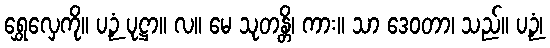
ရွှေလှေကို။ ပဉှံ ပုဋ္ဌာ။ လ။ မေ သုတန္တိ၊ ကား။ သာ ဒေဝတာ၊ သည်။ ပဉှံ၊